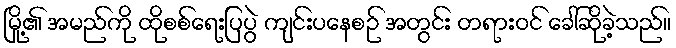
မြို့၏ အမည်ကို ထိုစစ်ရေးပြပွဲ ကျင်းပနေစဉ် အတွင်း တရားဝင် ခေါ်ဆိုခဲ့သည်။